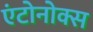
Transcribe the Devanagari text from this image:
एंटोनोक्स